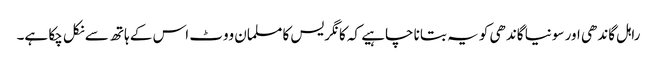
راہل گاندھی اور سونیا گاندھی کو یہ بتانا چاہیے کہ کانگریس کا مسلمان ووٹ اس کے ہاتھ سے نکل چکا ہے۔